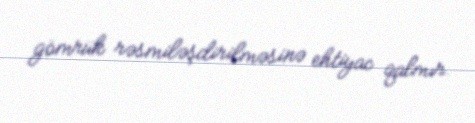
gömrük rəsmiləşdirilməsinə ehtiyac qalmır.